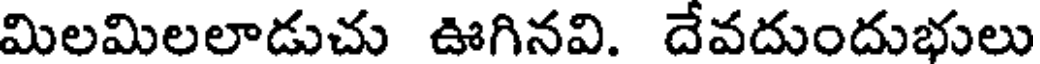
మిలమిలలాడుచు ఊగినవి. దేవదుందుభులు